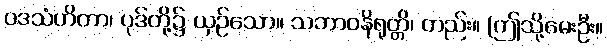
ပဒသံဟိတာ၊ ပုဒ်တို့၌ ယှဉ်သော။ သဘာဝနိရုတ္တိ၊ တည်း။ (ဤသို့မေးဦး။